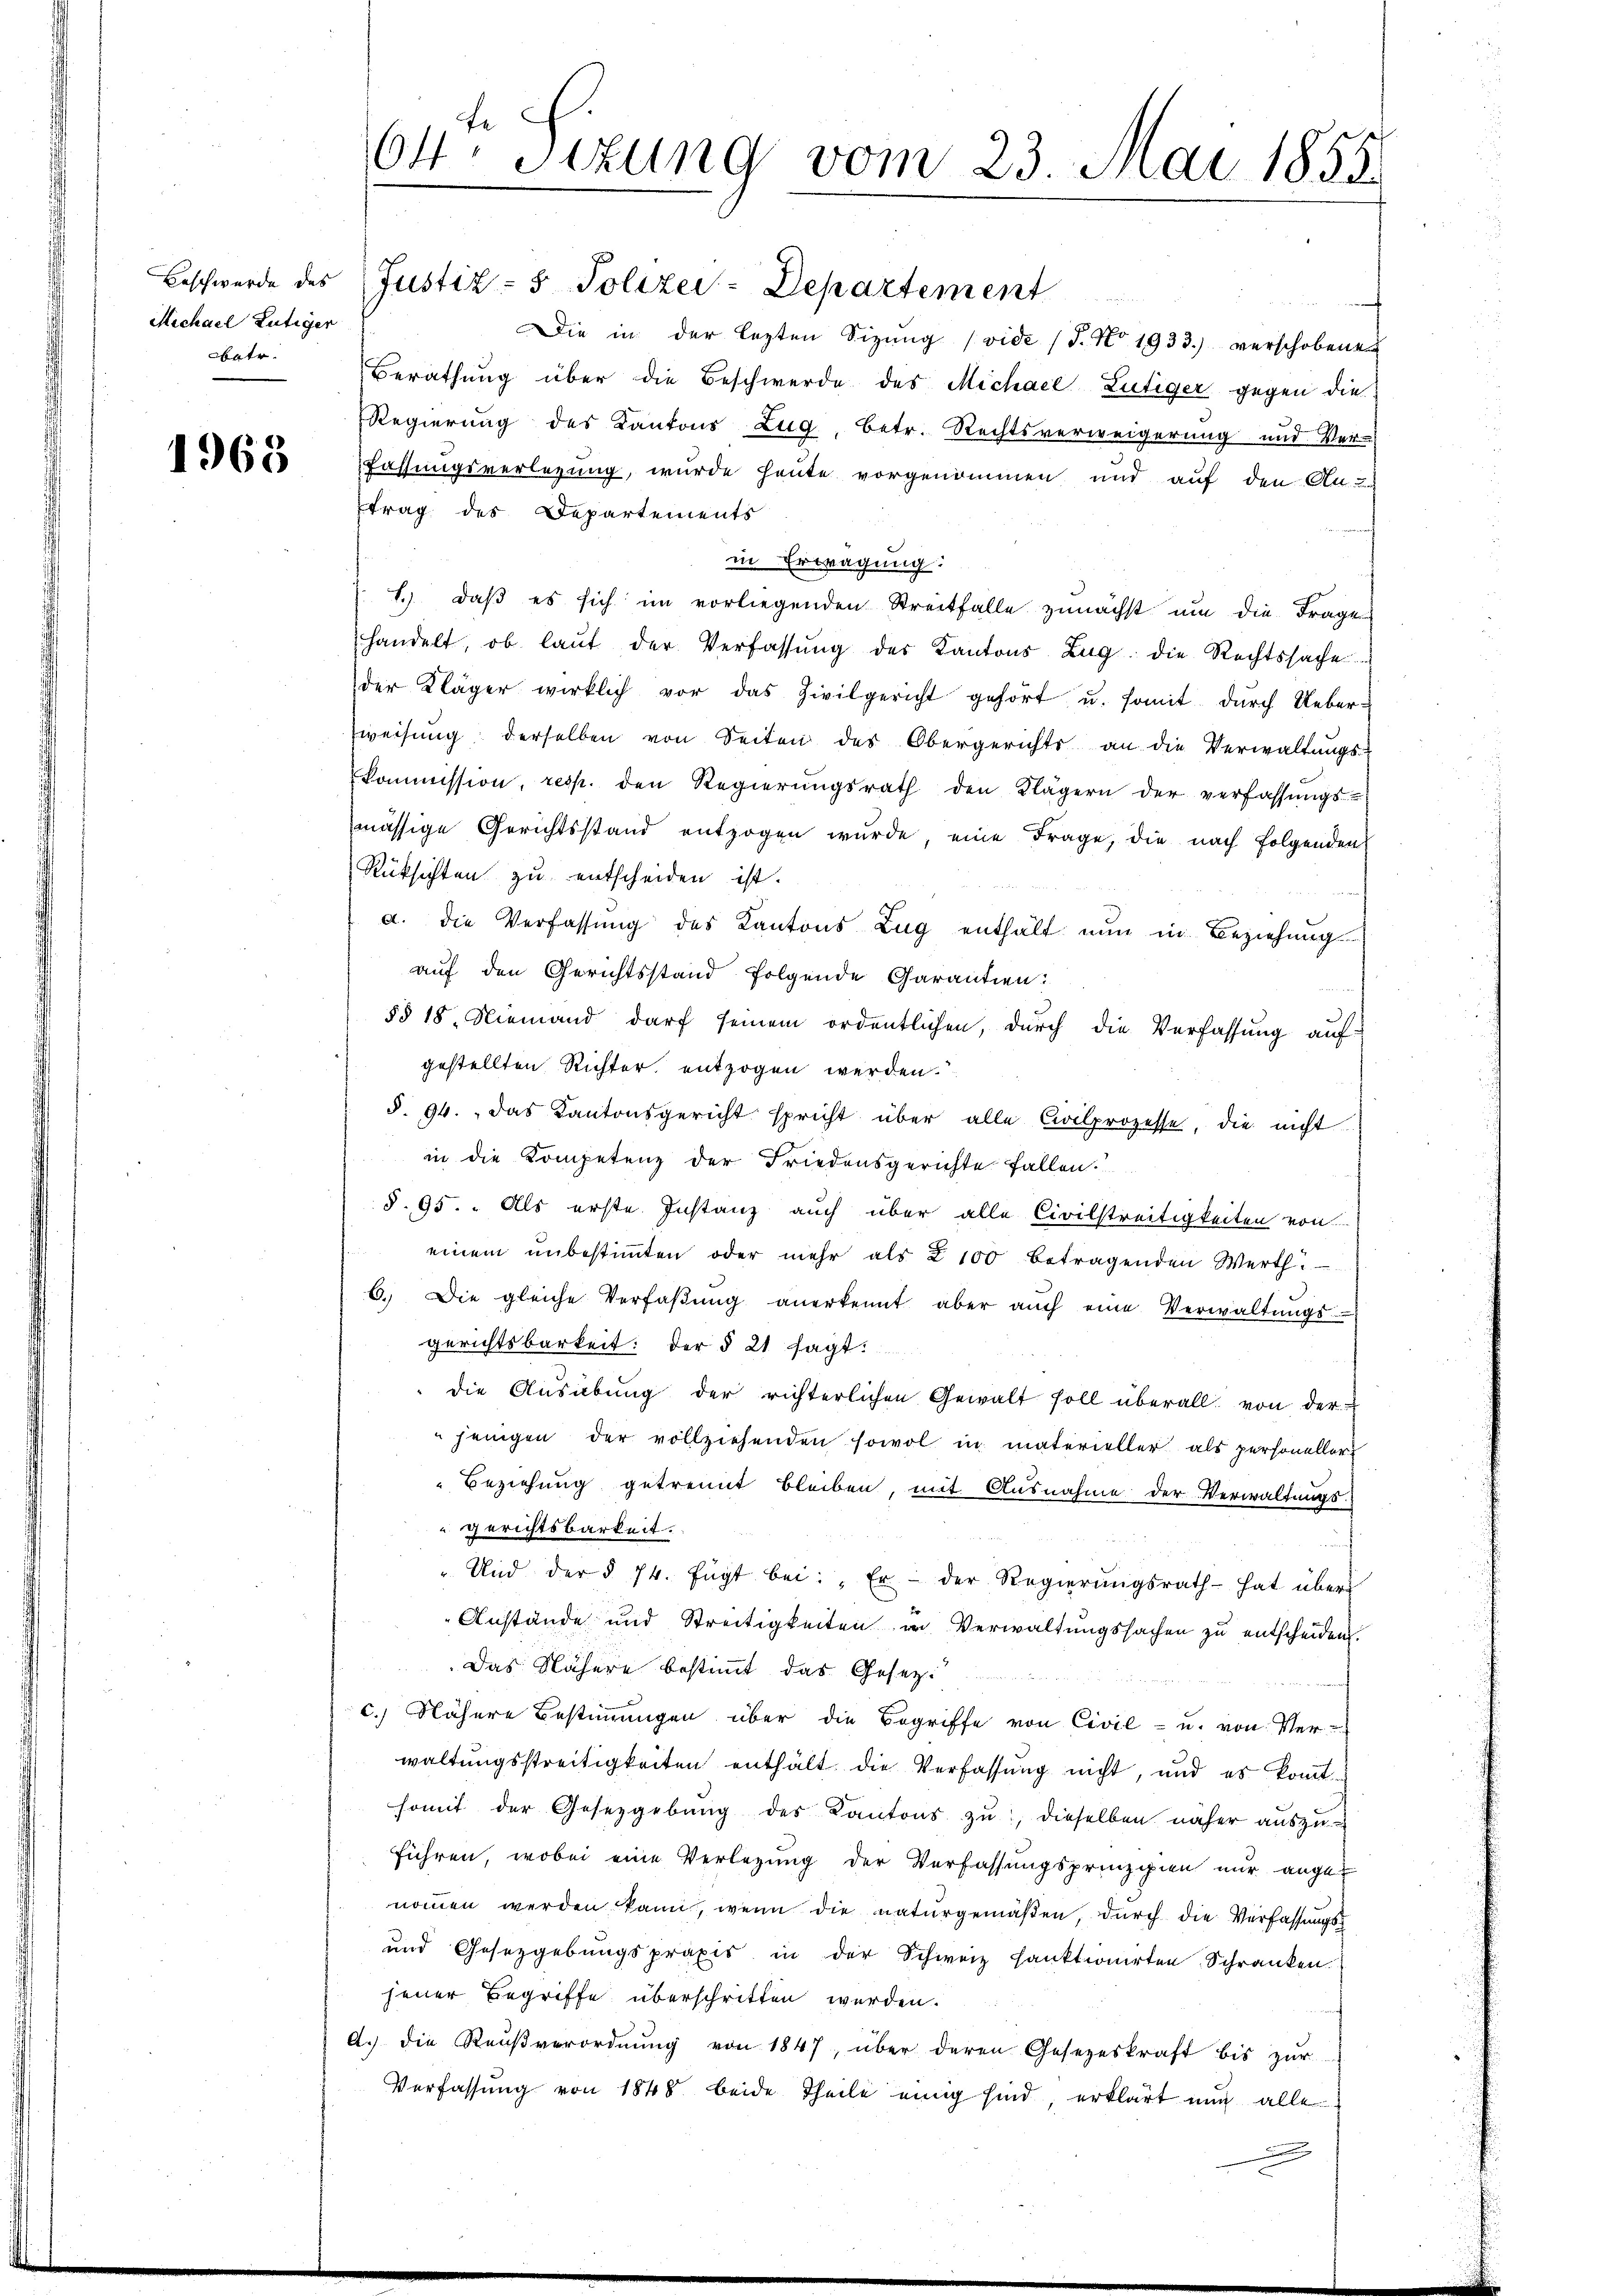
Michael Lutiger
betr.

1965

Die in der lezten Sizŭng (vide (T. No 1933.) verschobenen
Berathung über die Beschwerde des Michael Lütiger gegen die
Regierung des Kantons Zug, betr. Rechtsverweigerung und Ver-
Fassungsverlegung, wurde heute vorgenommen und auf den An-
trag des Departements
in Erwägung:
1.) daß es sich im vorliegenden Streitfalle zunächst um die Frage
handelt, ob laŭt der Verfassŭng des Kantons Zug die Rechtssache
der Kläger wirklich vor das Zivilgericht gehört u. somit durch Ueberweisŭng derselben von Seiten des Obergerichts an die Verwaltŭngs-
kommission, resp. den Regierŭngsrath den Klägern der verfassŭngs-
mässige Gerichtsstand entzogen wurde, eine Frage, die nach folgenden
Rüksichten zu entscheiden ist.
a. die Verfassung des Kantons Zug enthält nun in Beziehung
auf den Gerichtsstand folgende Garantien:
§§ 18. Niemand darf seinem ordentlichen, durch die Verfassung auf:
gestellten Richter, entzogen werden.
§. 94.  das Kantonsgericht spricht über alle Civilprozesse, die nicht
in die Kompetenz der Friedensgerichte fallen.
§. 95. " Als erste Instanz auch über alle Civilstreitigkeiten von
einem unbestimmten oder mehr als 2100 betragenden Werth
6. Die gleiche Verfaβŭng anerkennt aber aŭch eine Verwaltŭngs
gerichtsbarkeit: der § 21 sagt:
die Ausübung der richterlichen Gewalt soll überall von der
jenigen der vollziehenden sowol in materieller als personeller
Beziehung getrennt bleiben, mit Ausnahme der Verwaltungs-
gerichtsbarkeit.
Und der § 74. fügt bei: „Er - der Regierŭngsrath hat über
Anstände und Streitigkeiten in Verwaltungssachen zu entscheiden.
Das Nähere bestimmt das Gesezc. Nähere Bestimmungen über die Begriffe von Civil- u. von Ver-
waltŭngsstreitigkeiten enthält die Verfassung nicht, und es kommt
somit der Gesetzgebung des Kantons zu, dieselben näher auszuführen, wobei eine Verlegung der Verfassungsprinzipien nur angenommen werden kann, wenn die naturgemäßen, durch die Verfassungs¬
und Gesetzgebungspraxis in der Schweiz sanktionirten Schranken.
jener Begriffe überschritten werden.
A.) Die Reußverordnung von 1847, über deren Gesezeskraft bis zur
Verfassung von 1848 beide Theile einig sind, erklärt nun alle

04. Sizung vom 23. Mai 1855.

Beschwerde des (Justiz- & Polizei-Departement